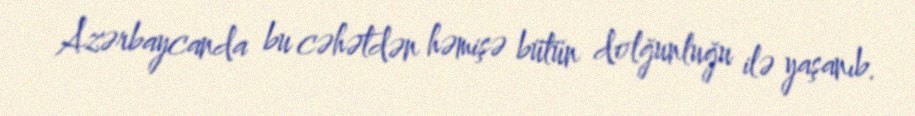
Azərbaycanda bu cəhətdən həmişə bütün dolğunluğu ilə yaşanıb.